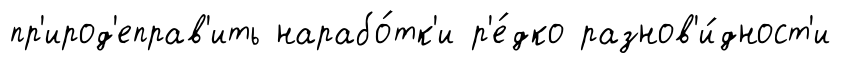
пр'ирод'еправ'ить нарабо́тк'и р'е́дко разнов'и́дност'и